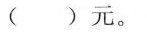
()元。